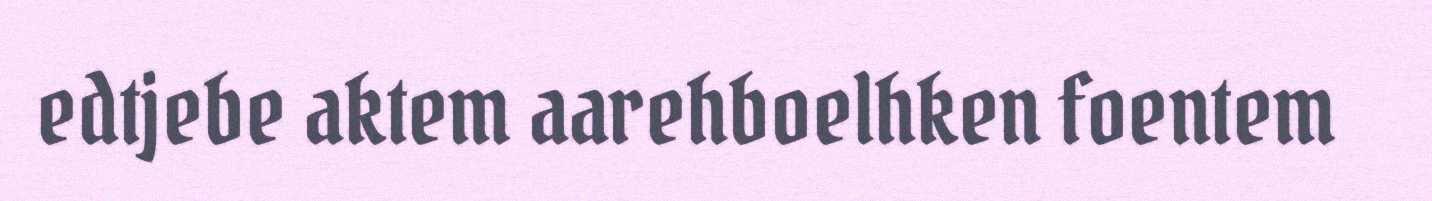
edtjebe aktem aarehboelhken foentem